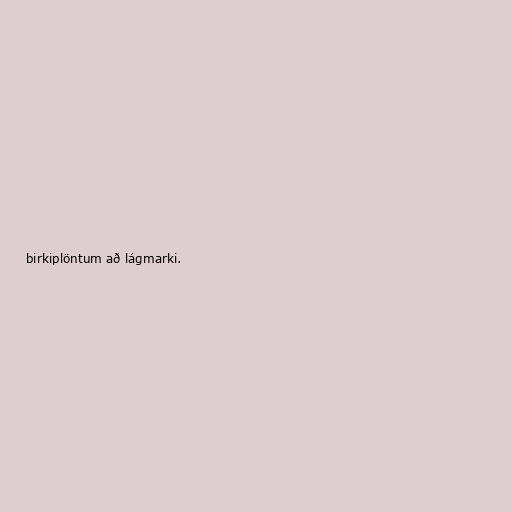
birkiplöntum að lágmarki.